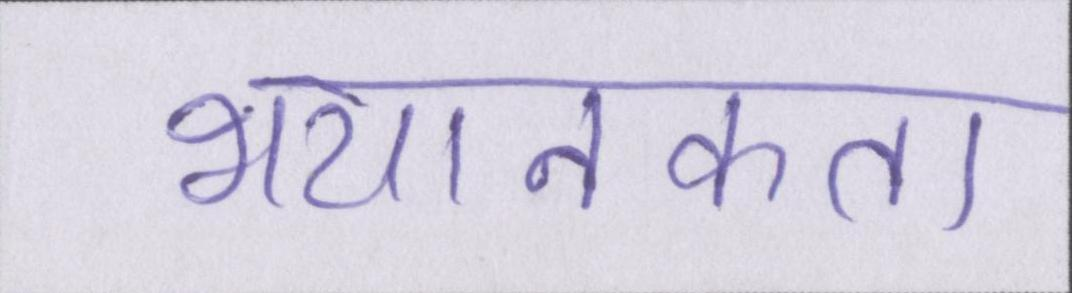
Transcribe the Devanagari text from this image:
भयानकता